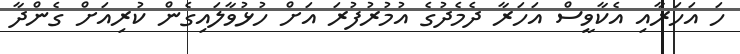
ހަ އަހަރާއި އެކާވީސް އަހަރާ ދެމެދުގެ އުމުރުފުރަ އަށް ހުޅުވާލައިގެން ކުރިއަށް ގެންދާ